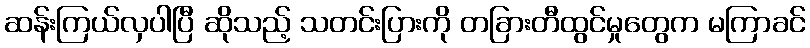
ဆန်းကြယ်လှပါပြီ ဆိုသည့် သတင်းပြားကို တခြားတီထွင်မှုတွေက မကြာခင်